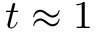
t \approx 1